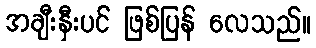
အချီးနှီးပင် ဖြစ်ပြန် လေသည်။